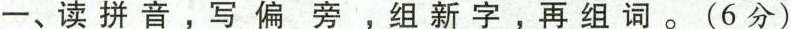
一、读拼音，写偏旁，组新字，再组词。(6分)